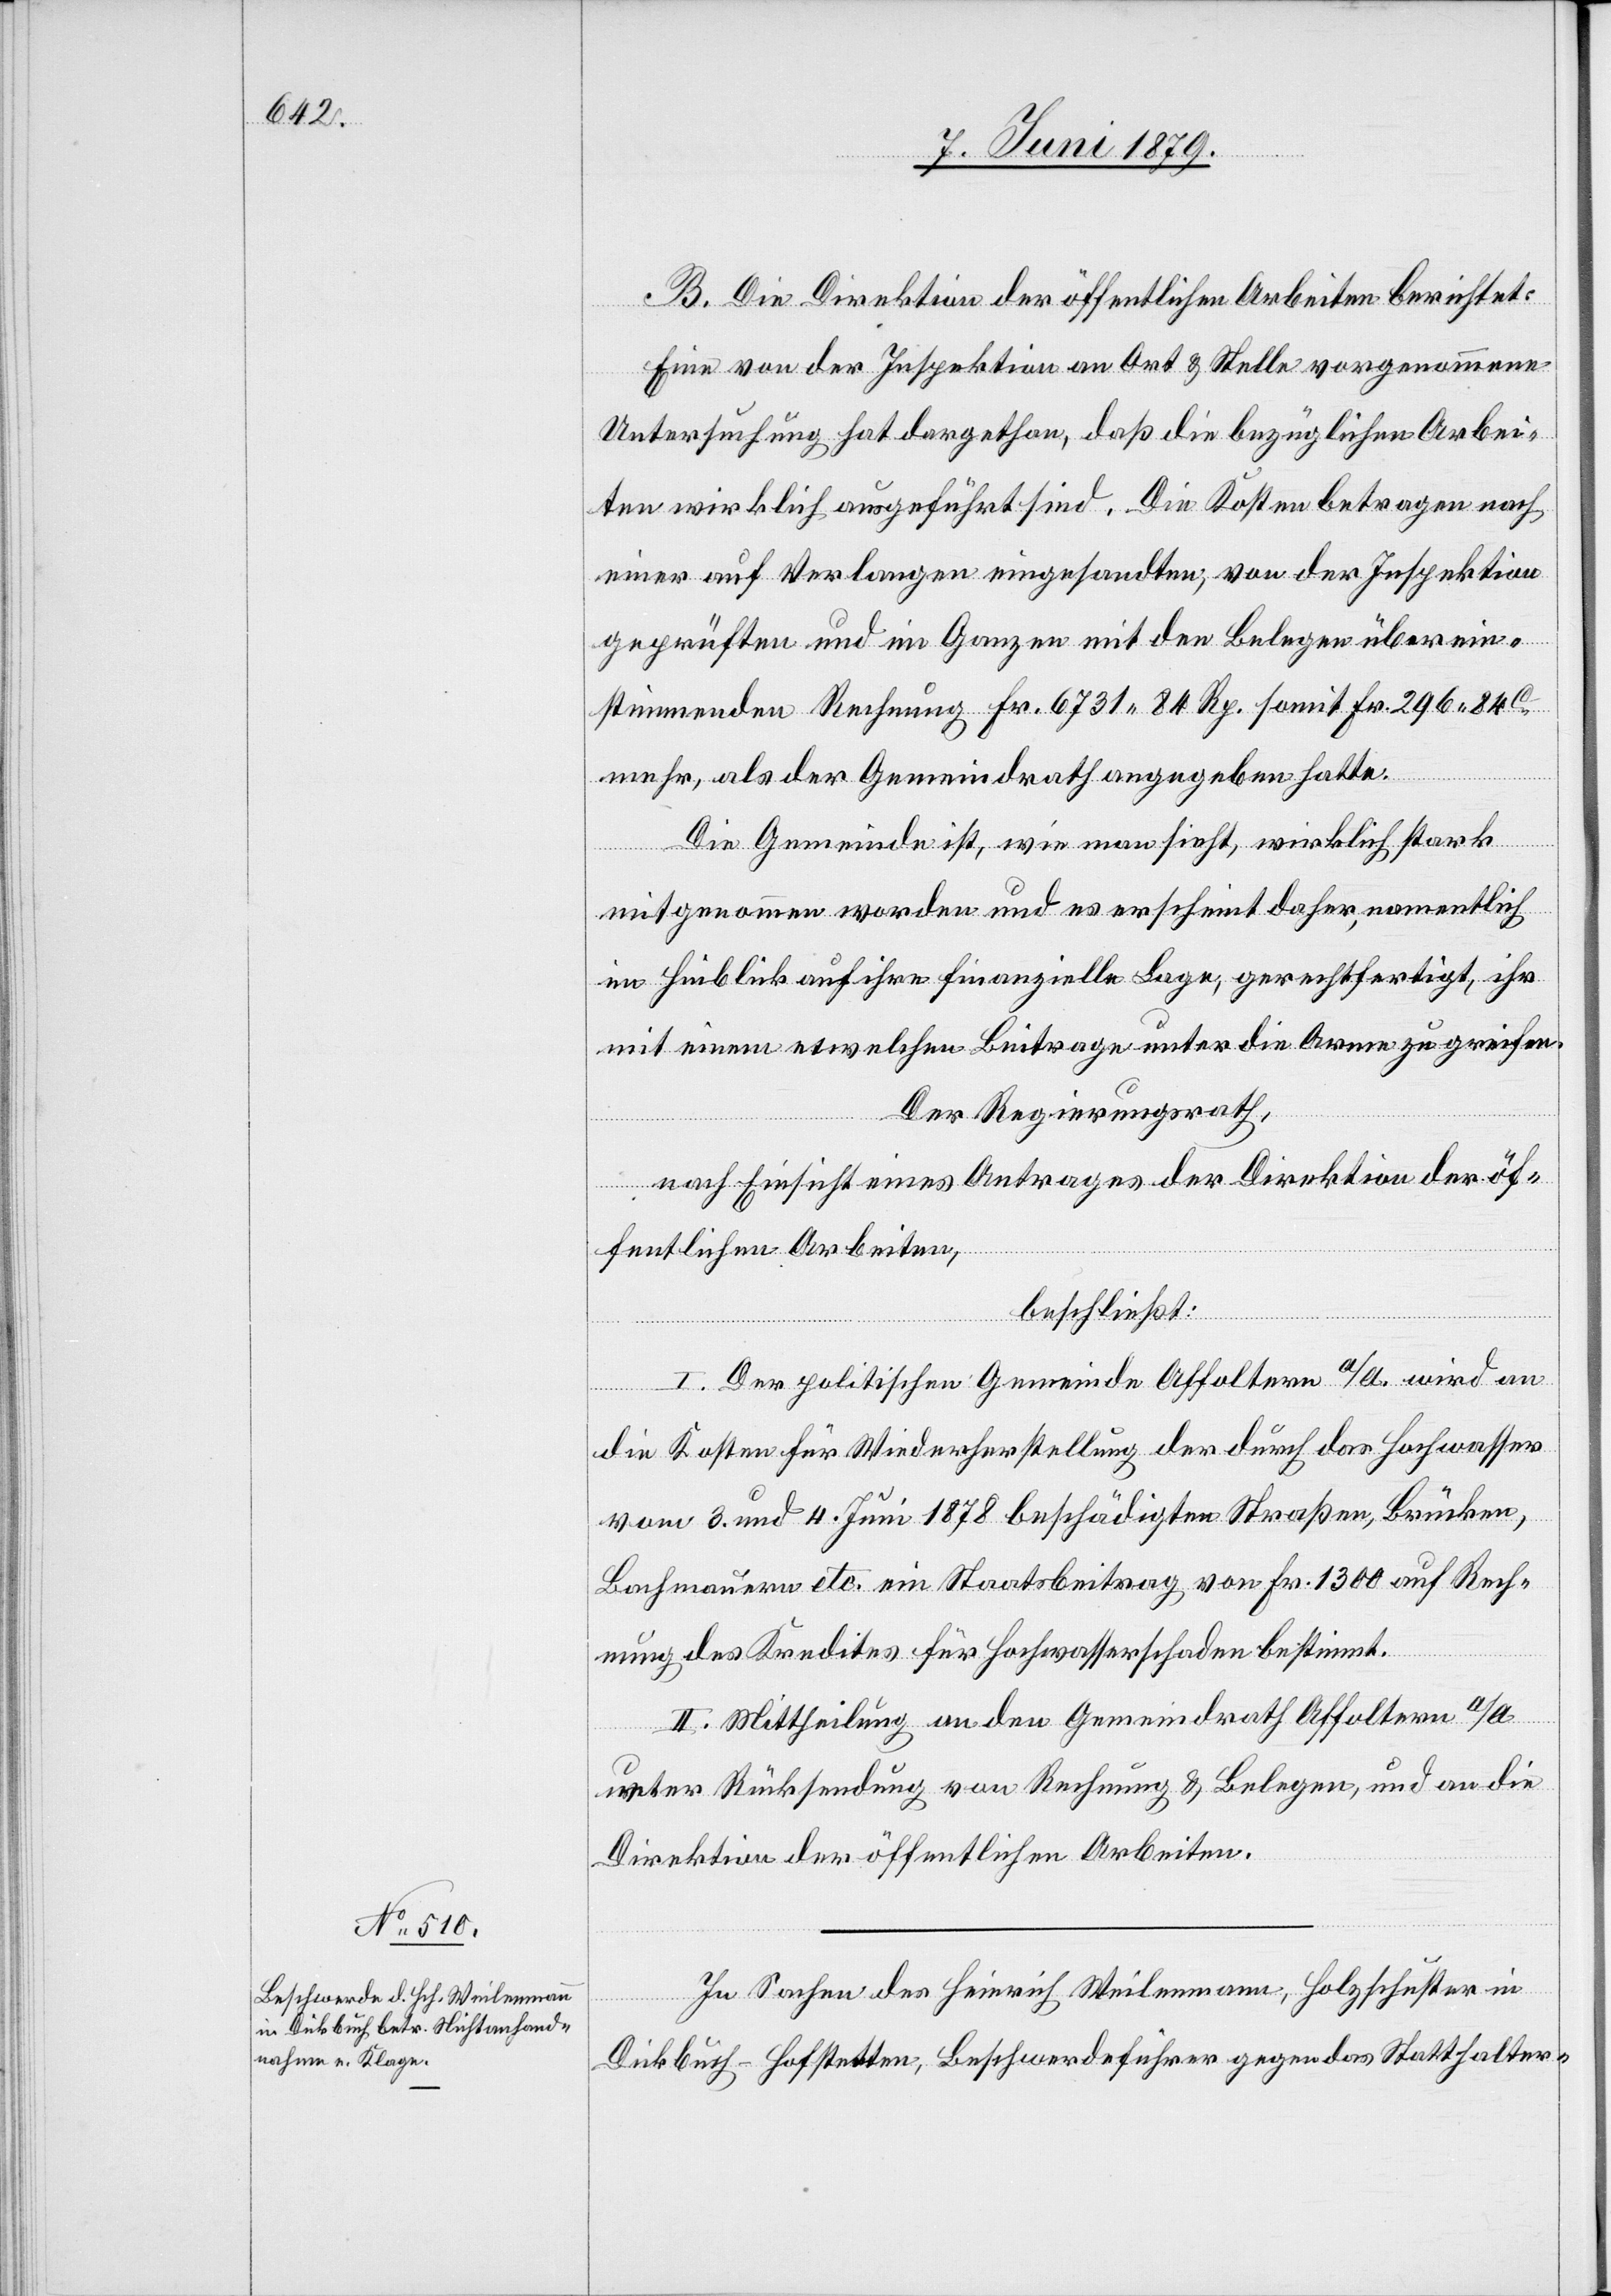
B. Die Direktion der öffentlichen Arbeiten berichtet:
Eine von der Inspektion an Ort & Stelle vorgenommene
Untersuchung hat dargethan, daß die bezüglichen Arbei¬
ten wirklich ausgeführt sind. Die Kosten betragen nach
einer auf Verlangen eingesandten, von der Inspektion
geprüften und im Ganzen mit den Belegen überein¬
stimmenden Rechnung Fr. 6731 84 Rp. somit Fr. 296 84c
mehr, als der Gemeindrath angegeben hatte.
Die Gemeinde ist, wie man sieht, wirklich stark
mitgenommen worden und es erscheint daher, namentlich
im Hinblick auf ihre finanzielle Lage, gerechtfertigt, ihr
mit einem etwelchen Beitrage unter die Arme zu greifen.
Der Regierungsrath,
nach Einsicht eines Antrages der Direktion der öf¬
fentlichen Arbeiten,
beschließt:
I. Der politischen Gemeinde Affoltern a/A. wird an
die Kosten für Wiederherstellung der durch das Hochwasser
vom 3. und 4. Juni 1878 beschädigten Straßen, Brücken,
Bachmauern etc. ein Staatsbeitrag von Fr. 1300 auf Rech¬
nung des Kredites für Hochwasserschaden bestimmt.
II. Mittheilung an den Gemeindrath Affoltern a/A.
unter Rücksendung von Rechnung & Belegen, und an die
Direktion der öffentlichen Arbeiten.
In Sachen des Heinrich Weilenmann, Holzschuster in
Dickbuch - Hofstetten, Beschwerdeführer gegen das Statthalter-